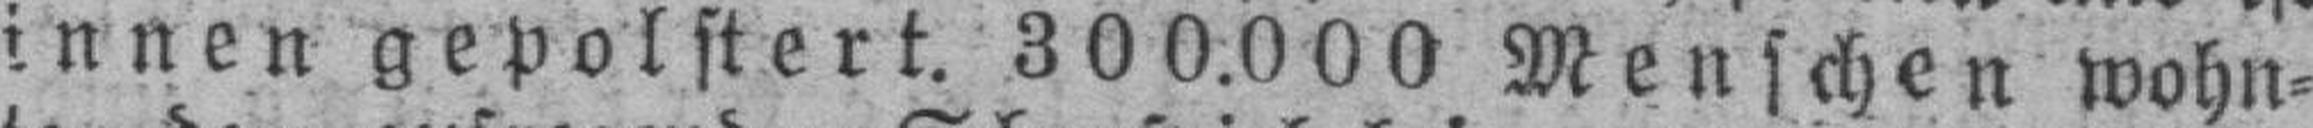
innen gepolstert. 300.000 Menschen wohn¬